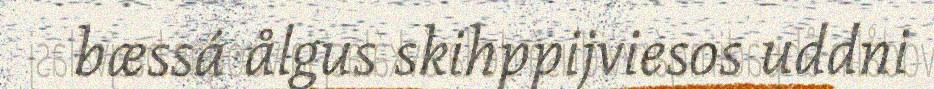
bæssá ålgus skihppijviesos uddni